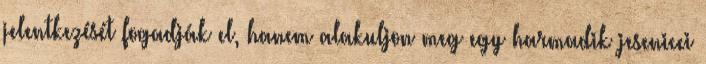
jelentkezését fogadják el, hanem alakuljon meg egy harmadik jesenicei